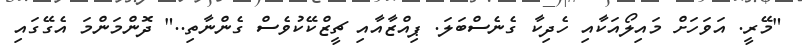
"މޭރީ. އަވަހަށް މައިލޯއަކާއި ހެދިކާ ގެނެސްބަލަ. ޕިއްޒާއާއި ޗީޒްކޭކުވެސް ގެންނާތި.." ދޮންމަންމަ އެގޭގައި